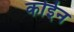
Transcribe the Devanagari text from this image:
कोईन